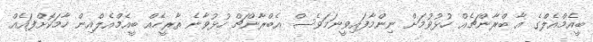
ބީއެމްއެލްގެ އާ ބްރާންޗެއް ހުޅުވުމަށް ނިންމާފައިވީނަމަވެސް އެބްރާންޗް ހުޅުވާނެ ތާރީހެއް ބީއެމްއެލްއިން ހާމަކޮށްފައެއް